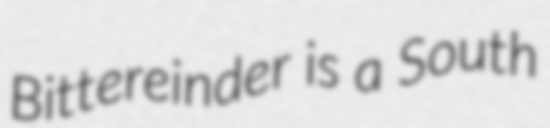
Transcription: Bittereinder is a South